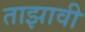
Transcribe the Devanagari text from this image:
ताझावी